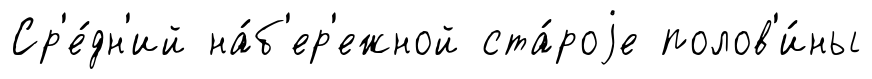
Ср'е́дн'ий на́б'ер'ежной ста́роjе полов'и́ны